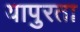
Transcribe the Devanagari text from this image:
यापुरता